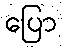
ပြော